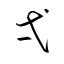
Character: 弌